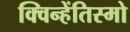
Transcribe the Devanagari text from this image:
क्विन्हेंतिस्मो